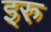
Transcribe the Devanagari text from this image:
इरु